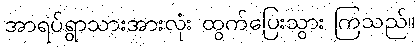
အာရပ်ရွာသားအားလုံး ထွက်ပြေးသွား ကြသည်။